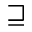
\sqsupseteq